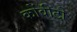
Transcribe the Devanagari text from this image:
कोंवीटो